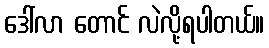
ဒေါ်လာ တောင် လဲလို့ရပါတယ်။